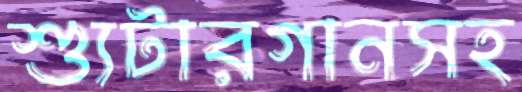
শ্যুটারগানসহ